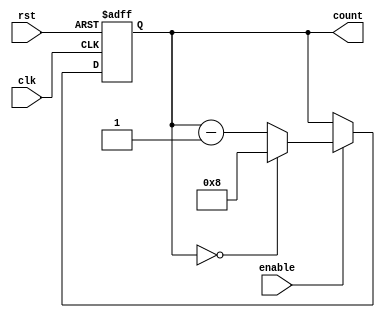
module modulo_N_down_counter (
    input wire clk,
    input wire rst,
    input wire enable,
    output reg [N-1:0] count
);

parameter N = 8; // Define the preset value for the counter

always @ (posedge clk or posedge rst) begin
    if (rst) begin
        count <= N;
    end else begin
        if (enable) begin
            if (count == 0) begin
                count <= N;
            end else begin
                count <= count - 1;
            end
        end
    end
end

endmodule